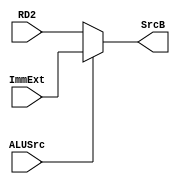

/*
   Created by : Mohamed Hazem Mamdouh
   12-08-2023
   7:30 PM
 */
//***************  MUX 2X1  ***************//
module mux_2x1 #(parameter width = 32)
          (
            input  wire [width-1 : 0] RD2 ,
	          input  wire [width-1 : 0] ImmExt ,
	          input  wire ALUSrc ,
	          output wire [width-1 : 0] SrcB 
    );
  
  assign SrcB = ALUSrc ? ImmExt : RD2 ;

endmodule